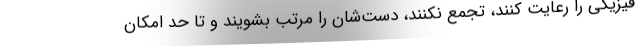
فیزیکی را رعایت کنند، تجمع نکنند، دست‌شان را مرتب بشویند و تا حد امکان